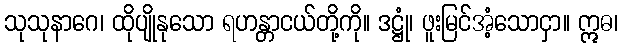
သုသုနာဂေ၊ ထိုပျိုနုသော ရဟန္တာငယ်တို့ကို။ ဒဋ္ဌုံ၊ ဖူးမြင်အံ့သောငှာ။ ဣဓ၊